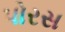
પોરસ